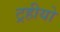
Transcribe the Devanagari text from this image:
ट्रहीयो